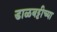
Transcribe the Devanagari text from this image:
डाळबट्टीच्या